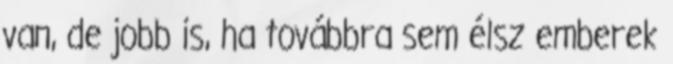
van, de jobb is, ha továbbra sem élsz emberek